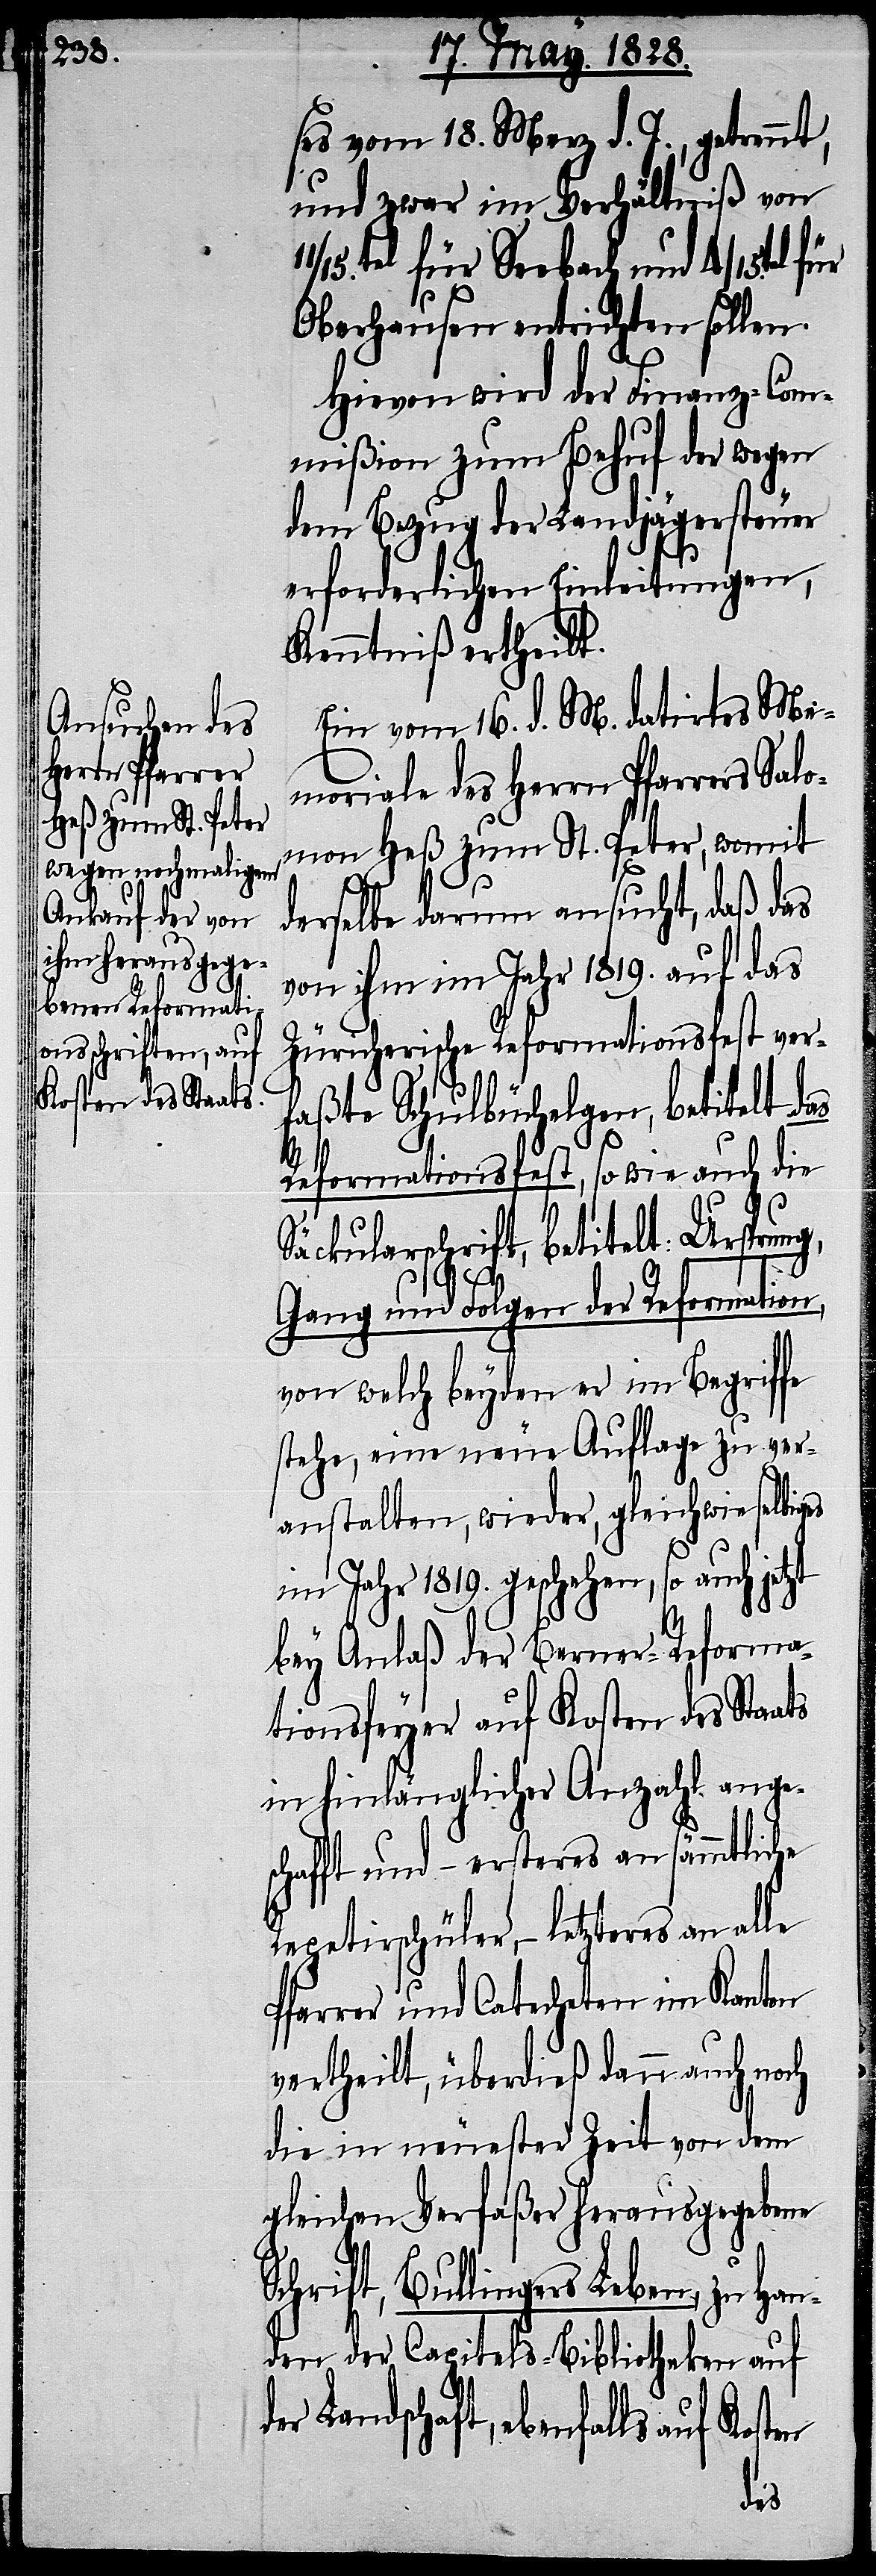
ses vom 18. Merz d. J., getrennt,
und zwar im Verhältniß von
Oberhausen entrichten sollen.
Hievon wird der Finanz-Com¬
mißion zum Behuf der wegen
dem Bezug der Landjägersteuer
erforderlichen Einleitungen,
Kenntniß ertheilt.
Ein vom 16. d. M. datirtes Me¬
moriale des Herrn Pfarrers Salo¬
mon Heß zum St. Peter, womit
derselbe darum ansucht, daß das
von ihm im Jahr 1819. auf das
Züricherische Reformationsfest ver¬
faßte Schulbüchelgen, betitelt
Reformationsfest, so wie auch die
Säckularschrift, betitelt: Ursprun¬
g,
Gang und Folgen der Reformation,
von welch beyden er im Begriffe
stehe, eine neue Auflage zu ver¬
anstalten, wieder, gleichwie selbiges
im Jahr 1819. geschehen, so auch
bey Anlaß der Berner-Reforma¬
tionsfeyer auf Kosten des Staats
in hinlänglicher Anzahl ange¬
schafft und – ersteres an sämmtliche
Repetirschüler, – letzteres an
Pfarrer und Catecheten im Kanton
vertheilt, überdieß dann auch noch
die in neuester Zeit von dem
gleichen Verfaßer herausgegebene
Schrift, Bullingers Leben, zu Ha¬
nden der Capitels-Bibliotheken auf
Landschaft, ebenfalls auf
Kosten
der